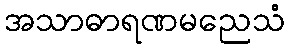
အသာဓာရဏမညေသံ